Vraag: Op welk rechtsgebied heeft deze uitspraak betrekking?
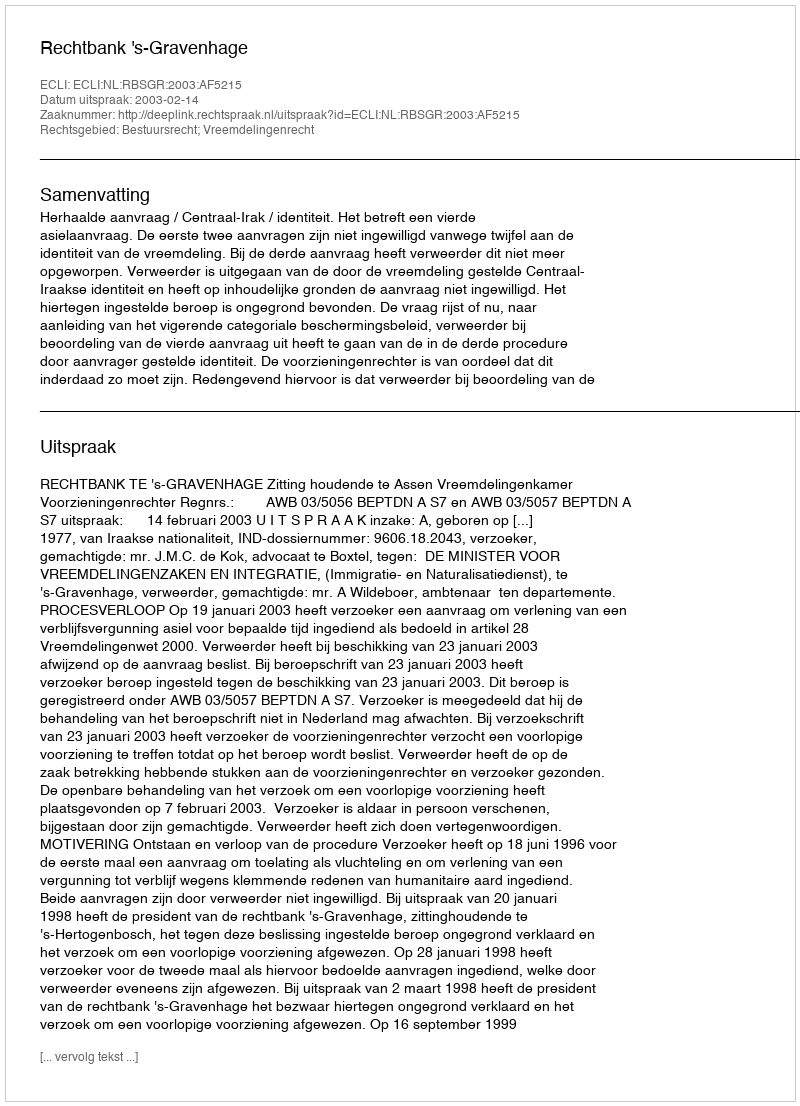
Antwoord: Bestuursrecht; Vreemdelingenrecht